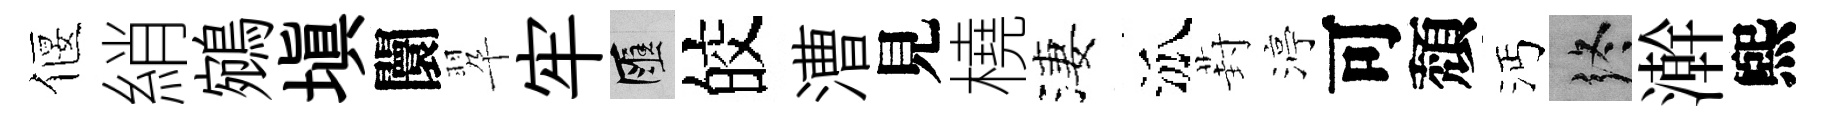
偃綃鵷塡闤翆牢匯皎漕見橈淒泒葑渟可頽沔终澣煕